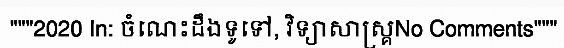
"""2020 In: ចំណេះដឹងទូទៅ, វិទ្យាសាស្គ្រNo Comments"""